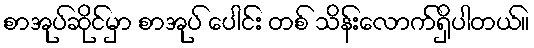
စာအုပ်ဆိုင်မှာ စာအုပ် ပေါင်း တစ် သိန်းလောက်ရှိပါတယ်။